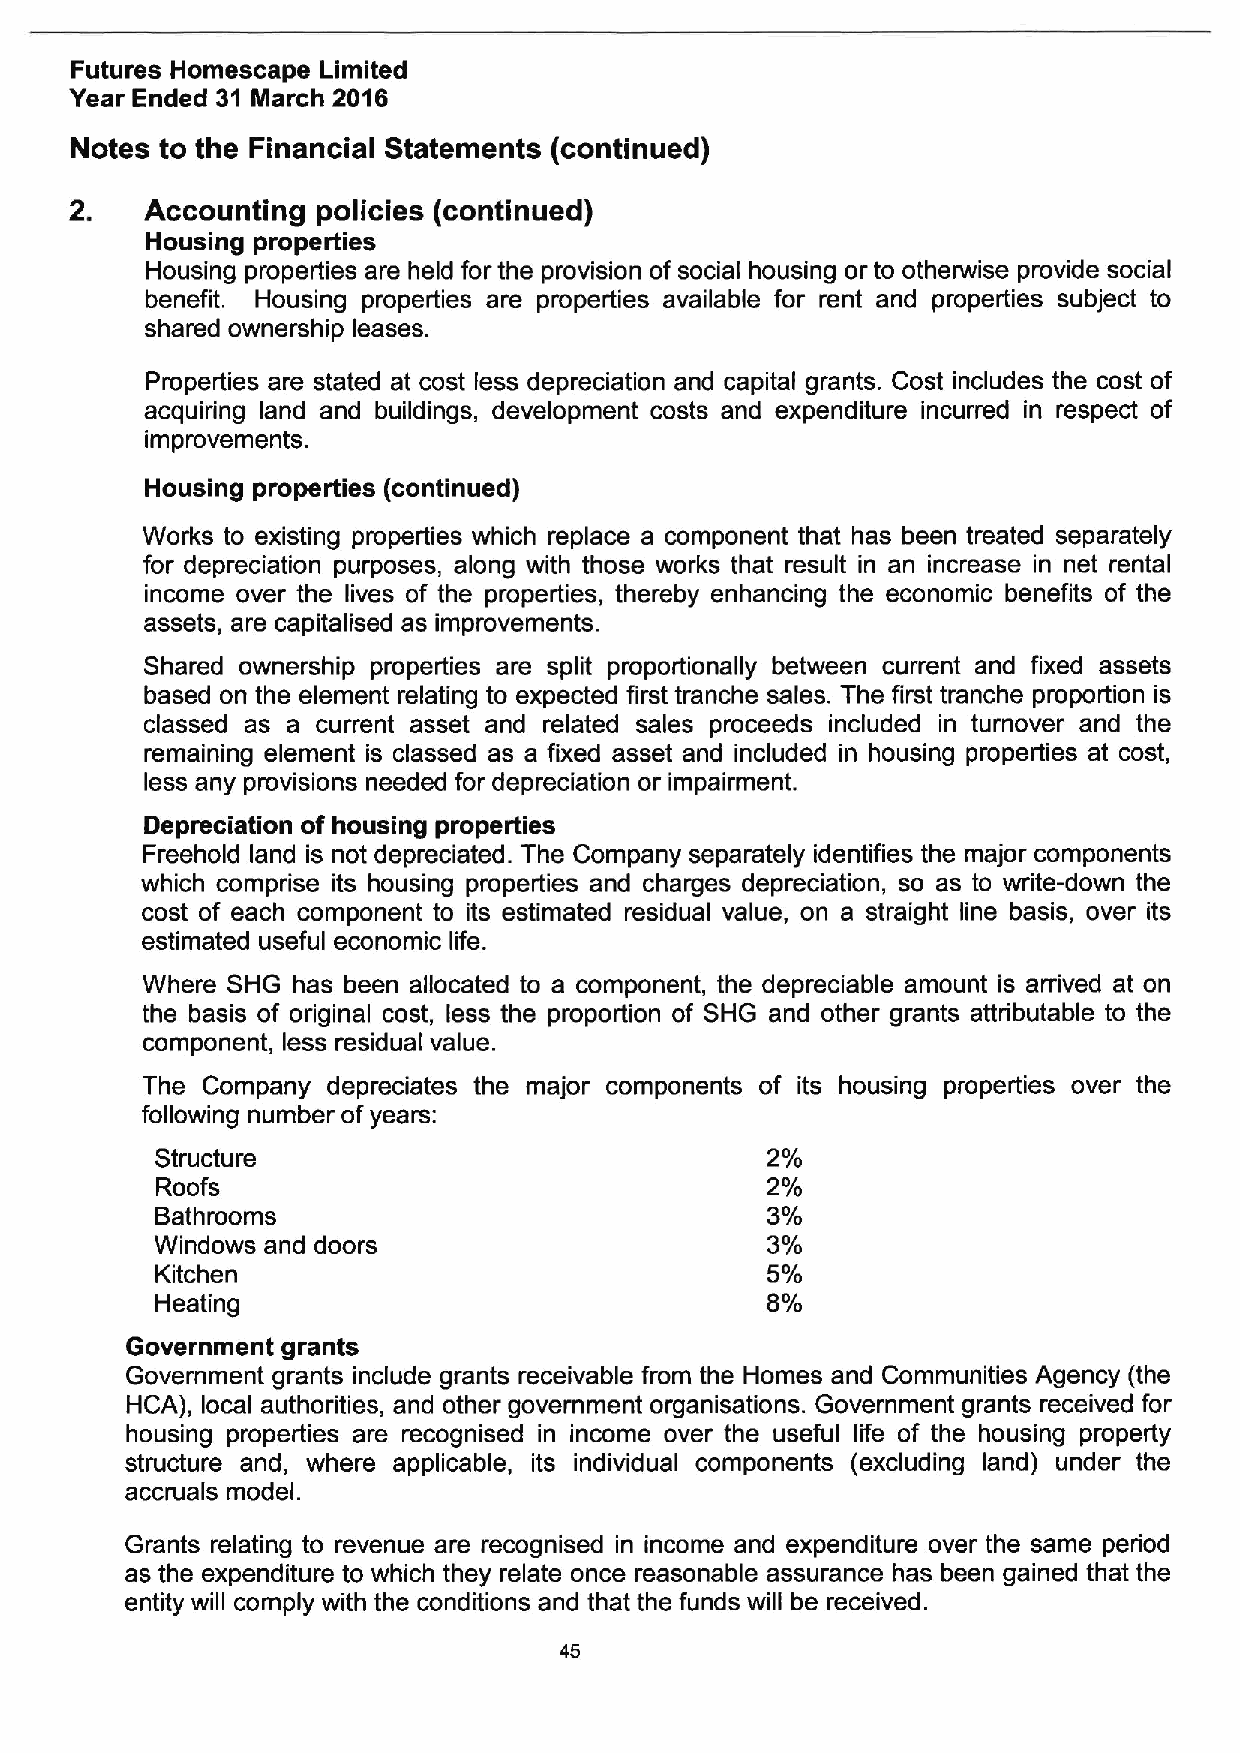
Futures Homescape Limited
 Year Ended 31 March 2016
 Notes to the Financial Statements (continued)
 Accounting policies (continued)
 Housing properties
 Housing properties are held for the provision of social housing or to otherwise provide social
 benefit. Housing properties are properties available for rent and properties subject to
 shared ownership leases.
 Properties are stated at cost less depreciation and capital grants. Cost includes the cost of
 acquiring land and buildings, development costs and expenditure incurred in respect of
 improvements.
 Housing properties (continued)
 Works to existing properties which replace a component that has been treated separately
 for depreciation purposes, along with those works that result in an increase in net rental
 income over the lives of the properties, thereby enhancing the economic benefits of the
 assets, are capitalised as improvements.
 Shared ownership properties are split proportionally between current and fixed assets
 based on the element relating to expected first tranche sales. The first tranche proportion is
 classed as a current asset and related sales proceeds included in turnover and the
 remaining element is classed as a fixed asset and included in housing properties at cost,
 less any provisions needed for depreciation or impairment.
 Depreciation of housing properties
 Freehold land is not depreciated. The Company separately identifies the major components
 which comprise its housing properties and charges depreciation, so as to write-down the
 cost of each component to its estimated residual value, on a straight line basis, over its
 estimated useful economic life.
 Where SHG has been allocated to a component, the depreciable amount is arrived at on
 the basis of original cost, less the proportion of SHG and other grants attributable to the
 component, less residual value.
 The Company  depreciates the major components of its housing properties over the
 following number ofyears:
 Structure                                2%
 Roofs                                    2%
 Bathrooms                                3%
 Windows and doors                        3%
 Kitchen                                  5%
 Heating                                  8%
 Government grants
 Government grants include grants receivable from the Homes and Communities Agency (the
 HCA), local authorities, and other government organisations. Government grants received for
 housing properties are recognised in income over the useful life of the housing property
 structure and, where applicable, its individual components (excluding land) under the
 accruals model.
 Grants relating to revenue are recognised in income and expenditure over the same period
 as the expenditure to which they relate once reasonable assurance has been gained that the
 entity will comply with the conditions and that the funds will be received.
 45